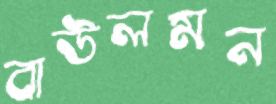
বাউলমন